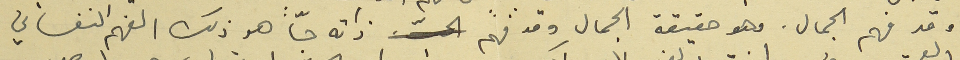
وقد فهم الجمال. وهو حقيقة الجمال وقد فهم ذاته حبّاَ هو ذلك الفهم النفساني